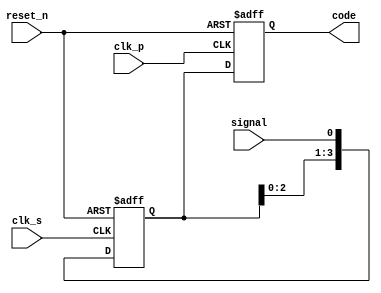
/*
*  
*/
module mod_s2p(clk_s,clk_p,reset_n,signal,code);
input clk_s,clk_p,reset_n,signal;
output reg [3:0] code;

reg [3:0] buffer;

always @(posedge clk_s or negedge reset_n) begin
	if(!reset_n) begin
		buffer <= 4'b0000;
	end else begin
		buffer <= {buffer[2:0],signal};
	end
end

always @(posedge clk_p or negedge reset_n) begin
	if(!reset_n) begin
		code <= 4'b0000;
	end else begin
		code <= buffer;
	end
end

endmodule